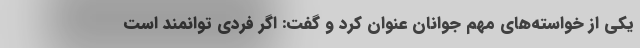
یکی از خواسته‌های مهم جوانان عنوان کرد و گفت: اگر فردی توانمند است